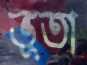
ভূতা